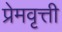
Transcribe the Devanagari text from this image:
प्रेमवृत्ती